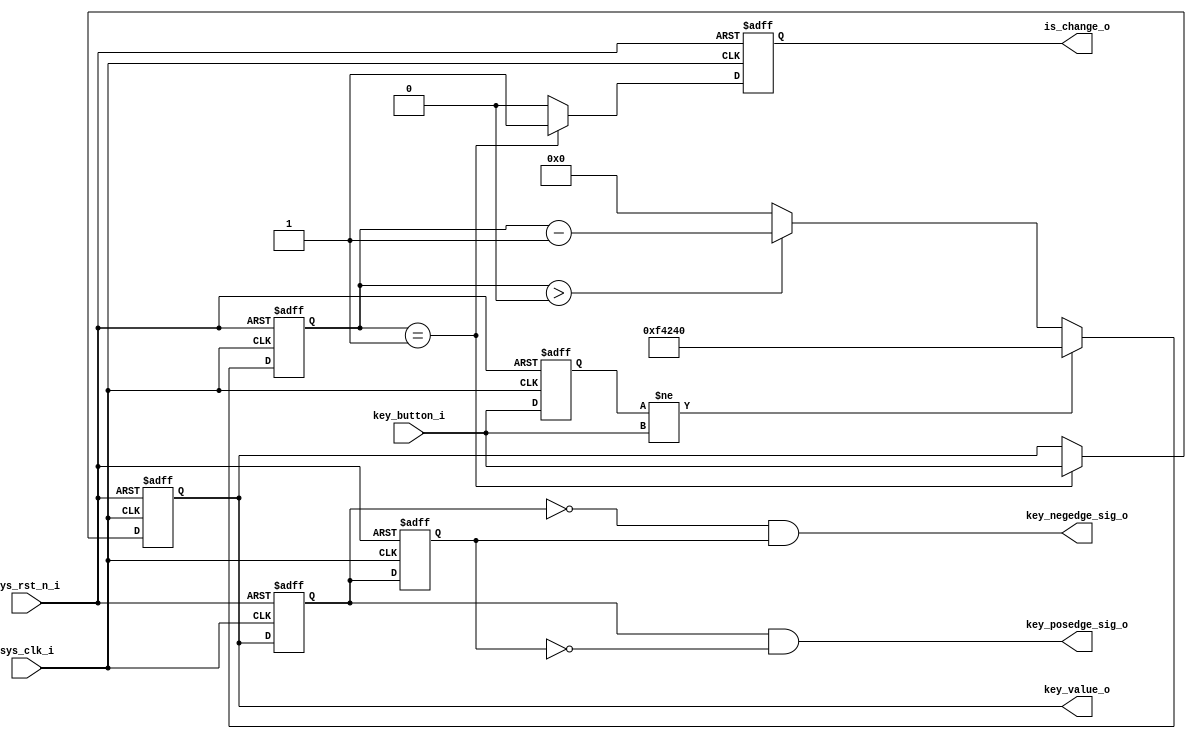
`timescale 1ns/1ps

//!DONE
module key #(
           parameter DELAY_TIME = 20'd1_000_000
       )
       (
           input wire sys_clk_i,
           input wire sys_rst_n_i,

           input wire key_button_i,

           output reg key_value_o, //key value after debounce
           output reg is_change_o, //pulse: key status changed trigger by IS_POS_TRIG's setting
           output wire key_posedge_sig_o,
           output wire key_negedge_sig_o
       );
reg [19: 0] cnt;
reg key_reg;

reg key_edge_reg_d0;
reg key_edge_reg_d1;

//Debounce Counter
always @(posedge sys_clk_i or negedge sys_rst_n_i) begin
    if (!sys_rst_n_i) begin
        cnt <= 20'd0;
        key_reg <= 1'b0;
    end
    else begin
        key_reg <= key_button_i; //delay 1 clk
        if (key_reg != key_button_i) begin //start delay
            cnt <= DELAY_TIME;
        end
        else begin
            if (cnt > 20'd0)
                cnt <= cnt - 1'b1;
            else
                cnt <= 20'd0;
        end
    end
end

//Output
always @(posedge sys_clk_i or negedge sys_rst_n_i) begin
    if (!sys_rst_n_i) begin
        key_value_o <= 1'b0; //default value : LOW=0
        is_change_o <= 1'b0; //default : no press
    end
    else if (cnt == 20'd1) begin
        key_value_o <= key_button_i;
        is_change_o <= 1'b1;
    end
    else begin
        key_value_o <= key_value_o;
        is_change_o <= 1'b0;
    end
end

//get edge signal of button
assign key_negedge_sig_o = (~key_edge_reg_d0) & key_edge_reg_d1;
assign key_posedge_sig_o = key_edge_reg_d0 & (~key_edge_reg_d1);

always @(posedge sys_clk_i or negedge sys_rst_n_i) begin
    if (!sys_rst_n_i) begin
        key_edge_reg_d0 <= 1'b0;
        key_edge_reg_d1 <= 1'b0;
    end
    else begin
        key_edge_reg_d0 <= key_value_o;
        key_edge_reg_d1 <= key_edge_reg_d0;
    end
end
endmodule